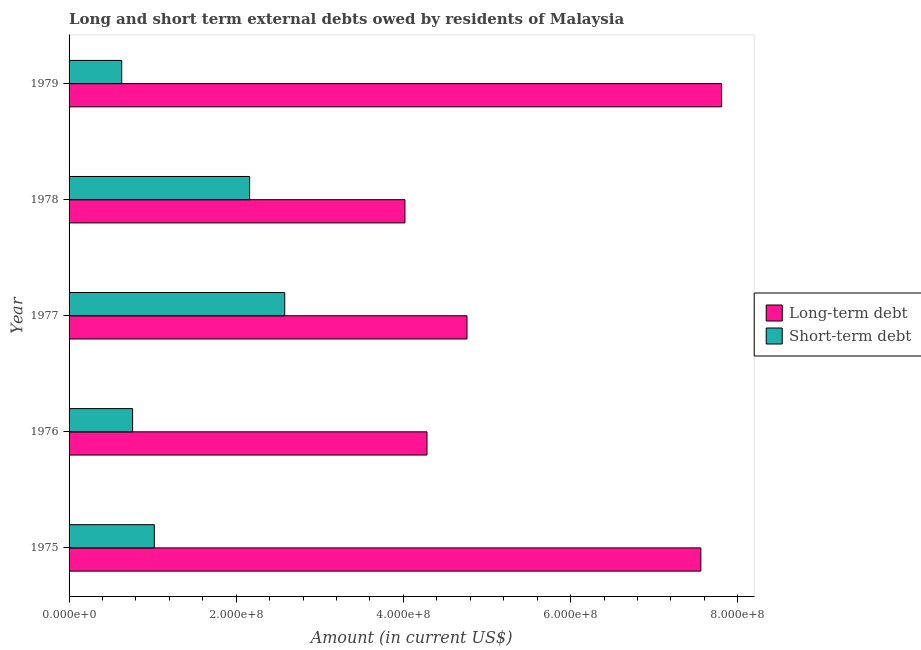
| Year | Long-term debt | Short-term debt |
 | --- | --- | --- |
 | 1975 | 7.56e+08 | 1.02e+08 |
 | 1976 | 4.28e+08 | 7.6e+07 |
 | 1977 | 4.76e+08 | 2.58e+08 |
 | 1978 | 4.02e+08 | 2.16e+08 |
 | 1979 | 7.81e+08 | 6.3e+07 |